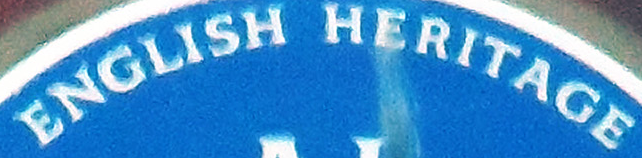
ENGLISH HERITAGE